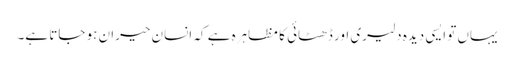
یہاں تو ایسی دیدہ دلیری اور ڈھٹائی کا مظاہرہ ہے کہ انسان حیران ہو جاتا ہے۔